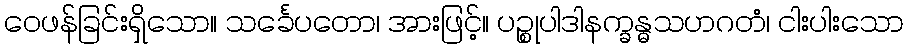
ဝေဖန်ခြင်းရှိသော။ သင်္ခေပတော၊ အားဖြင့်။ ပဉ္စုပါဒါနက္ခန္ဓသဟဂတံ၊ ငါးပါးသော